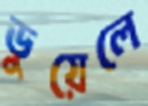
ডুয়েলে